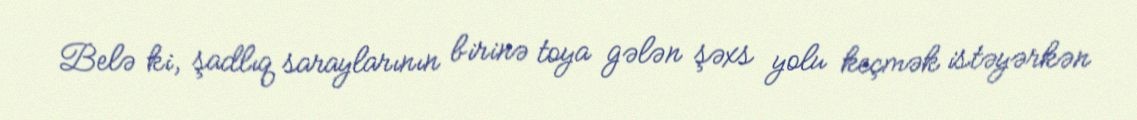
Belə ki, şadlıq saraylarının birinə toya gələn şəxs yolu keçmək istəyərkən